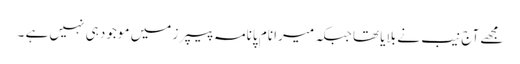
مجھے آج نیب نے بلایا تھا جبکہ میرا نام پانامہ پیپرز میں موجود ہی نہیں ہے ۔